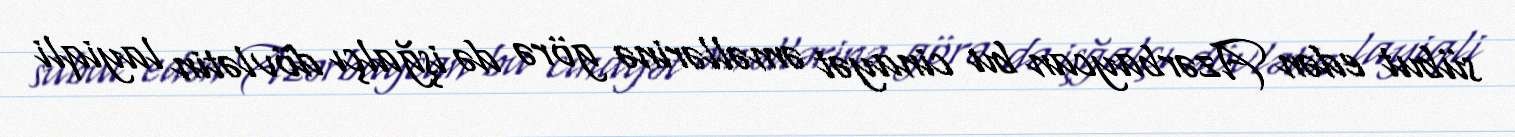
sübut edən Azərbaycan bu cinayət əməllərinə görə də işğalçı dövlətin layiqli